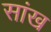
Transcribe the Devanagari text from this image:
सांख